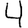
Digit: 4